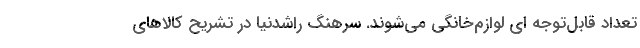
تعداد قابل‌توجه ای لوازم‌خانگی می‌شوند. سرهنگ راشدنیا در تشریح کالاهای